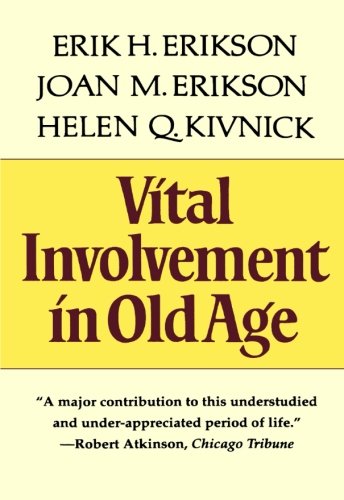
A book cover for Vital Involvement in Old Age; Erik H. Erikson; Politics & Social Sciences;